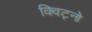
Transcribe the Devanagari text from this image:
क्विट्नो